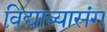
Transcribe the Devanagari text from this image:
विद्याव्यासंग